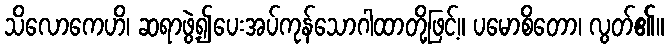
သိလောကေဟိ၊ ဆရာဖွဲ့၍ပေးအပ်ကုန်သောဂါထာတို့ဖြင့်။ ပမောစိတော၊ လွတ်၏။